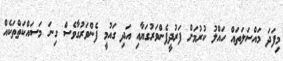
މިފަދަ މައްސަލަތައް ހައްލު ކުރުމަށް ފަރުދީފެންވަރުގަޔާއި އަދި ގައުމީ ފެންވަރުގާވެސް ގިނަ މަސައްކަތްތަކެއް